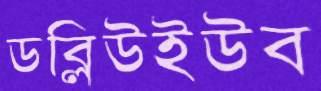
ডব্লিউইউব